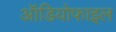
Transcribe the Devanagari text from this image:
ऑडियोफाइल